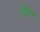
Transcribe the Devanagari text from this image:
विहेल्म